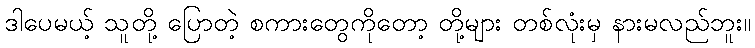
ဒါပေမယ့် သူတို့ ပြောတဲ့ စကားတွေကိုတော့ တို့များ တစ်လုံးမှ နားမလည်ဘူး။